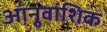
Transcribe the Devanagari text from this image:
आंनुवांशिक